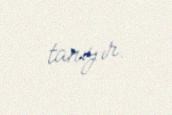
tanıyır.